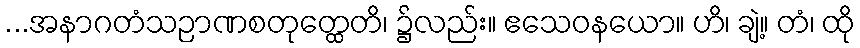
...အနာဂတံသဉာဏစတုတ္ထေတိ၊ ၌လည်း။ ဧသေဝနယော။ ဟိ၊ ချဲ့။ တံ၊ ထို